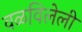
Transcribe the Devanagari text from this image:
वळविलेली